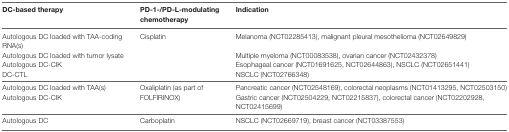
| DC-based therapy | PD-1-/PD-L-modulating chemotherapy | Indication |
 | --- | --- | --- |
 | Autologous DC loaded with TAA-coding RNA(s) | <ROWSPAN=4> Cisplatin | Melanoma (NCT02285413), malignant pleural mesothelioma (NCT02649829) |
 | Autologous DC loaded with tumor lysate | Multiple myeloma (NCT00083538), ovarian cancer (NCT02432378) |
 | Autologous DC-CIK | Esophageal cancer (NCT01691625, NCT02644863), NSCLC (NCT02651441) |
 | DC-CTL | NSCLC (NCT02766348) |
 | Autologous DC loaded with TAA(s) | <ROWSPAN=2> Oxaliplatin (as part of FOLFIRINOX) | Pancreatic cancer (NCT02548169), colorectal neoplasms (NCT01413295, NCT02503150) |
 | Autologous DC-CIK | Gastric cancer (NCT02504229, NCT02215837), colorectal cancer (NCT02202928, NCT02415699) |
 | Autologous DC | Carboplatin | NSCLC (NCT02669719), breast cancer (NCT03387553) |